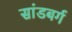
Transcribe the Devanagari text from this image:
सांडबर्ग